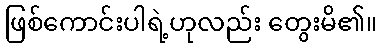
ဖြစ်ကောင်းပါရဲ့ဟုလည်း တွေးမိ၏။